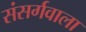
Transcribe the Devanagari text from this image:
संसर्गवाला